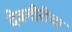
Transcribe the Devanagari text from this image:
देवगीरीचा